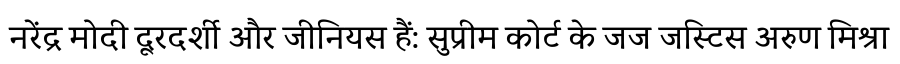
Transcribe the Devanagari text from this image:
नरेंद्र मोदी दूरदर्शी और जीनियस हैं: सुप्रीम कोर्ट के जज जस्टिस अरुण मिश्रा